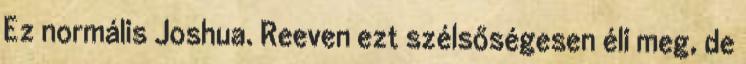
Ez normális Joshua. Reeven ezt szélsőségesen éli meg, de